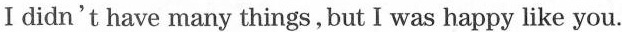
I didn't have many things,but I was happy like you.